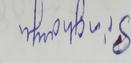
Signature authenticity: forged